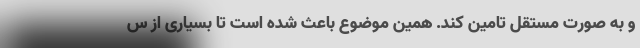
و به صورت مستقل تامین کند. همین موضوع باعث شده است تا بسیاری از س